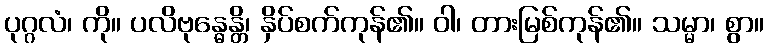
ပုဂ္ဂလံ၊ ကို။ ပလိဗုန္ဓေန္တိ၊ နှိပ်စက်ကုန်၏။ ဝါ၊ တားမြစ်ကုန်၏။ သမ္မာ၊ စွာ။